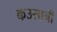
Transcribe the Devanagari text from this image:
कउसानी